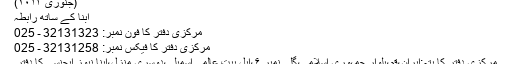
(جنوری ۲۰۱۳)
ابنا کے ساتھ رابطہ
مرکزی دفتر کا فون نمبر: 32131323 ـ 025
مرکزی دفتر کا فیکس نمبر: 32131258 ـ 025
مرکزی دفتر کا پتہ:ایران،قم،بلوار جمہوری اسلامی،گلی نمبر ۶،اہل بیت عالمی اسمبلی،دوسری منزل،ابنا نیوز ایجنسی کا دفتر۔